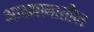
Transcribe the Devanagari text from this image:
आख्यानातील